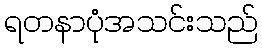
ရတနာပုံအသင်းသည်